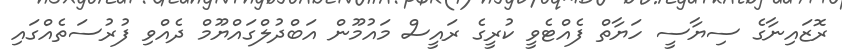
ރޮޒައިނާގެ ސިޔާސީ ހަޔާތް ފެއްޓެވީ ކުރީގެ ރައީސް މައުމޫން އަބްދުލްގައްޔޫމް ދެއްވި ފުރުސަތެއްގައި